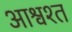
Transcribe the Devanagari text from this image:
आश्वश्त